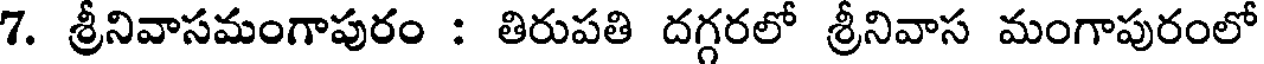
7. శ్రీనివాసమంగాపురం : తిరుపతి దగ్గరలో శ్రీనివాస మంగాపురంలో